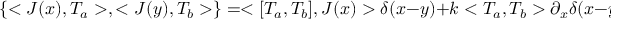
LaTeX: \left\{ < J ( x ) , T _ { a } > , < J ( y ) , T _ { b } > \right\} = < [ T _ { a } , T _ { b } ] , J ( x ) > \delta ( x - y ) + k < T _ { a } , T _ { b } > \partial _ { x } \delta ( x - y ) .